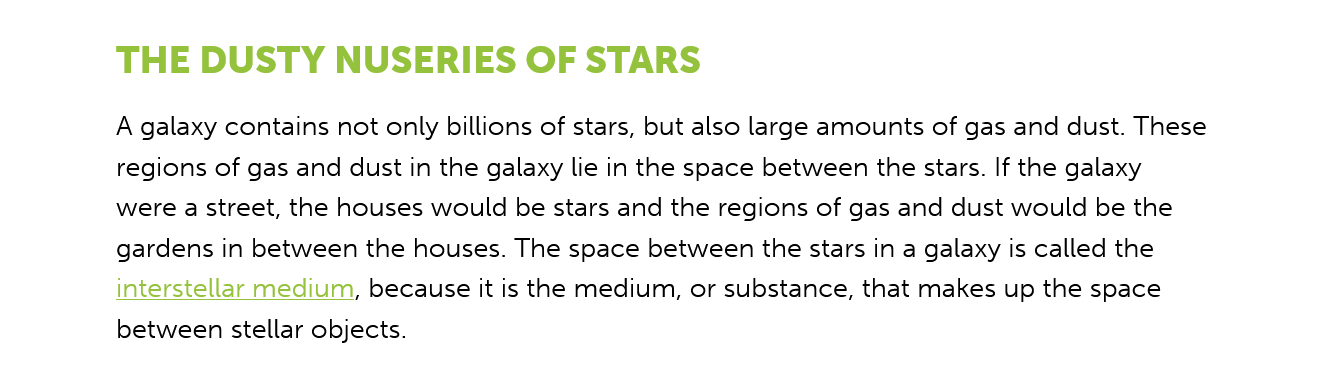
THE   DUSTY    NUSERIES    OF  STARS
     A galaxy contains not only billions of stars, but also large amounts of gas and dust. These
     regions of gas and dust in the galaxy lie in the space between the stars. If the galaxy
     were a street, the houses would be stars and the regions of gas and dust would be the
     gardens in between the houses. The space between the stars in a galaxy is called the
     interstellar medium, because it is the medium, or substance, that makes up the space
     between stellar objects.